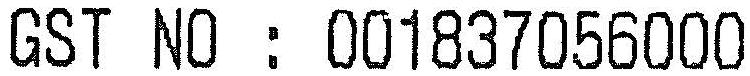
GST NO : 001837056000